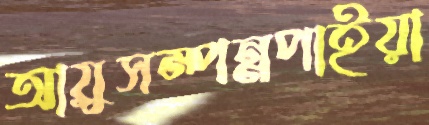
আয়ুসম্পন্নপাইয়া